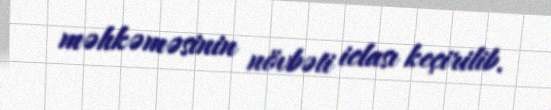
məhkəməsinin növbəti iclası keçirilib.